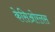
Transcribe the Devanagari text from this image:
केसिओरलस